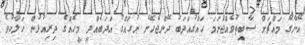
އޭނާގެ މައްޗަށް ސާބިތުވެއްޖެަނަމަ ހައްގުއަދަބު ދޭންޖެހޭނެ ނުހައްގު އަދަބެއްދީ މީހެއްގެ ދިރިއުޅުން ހަލާކުވެ